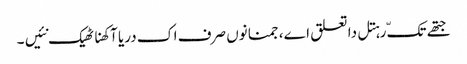
جتھے تکّ رہتل دا تعلق اے، جمنا نوں صرف اک دریا آکھنا ٹھیک نئیں ۔